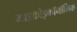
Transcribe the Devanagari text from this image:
माइक्रोइकॉनॉमिक